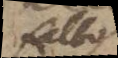
albo